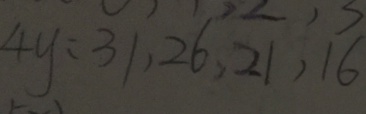
4 y : 3 1 , 2 6 , 2 1 , 1 6